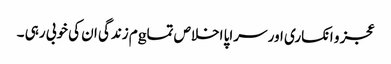
عجز و انکساری اور سراپا اخلاص تماgم زندگی ان کی خوبی رہی ۔